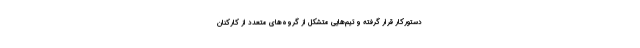
دستورکار قرار گرفته و تیم‌هایی متشکل از گروه‌های متعدد از کارکنان